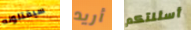
سيقتلونه أريد أسئلتكم